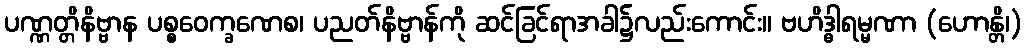
ပဏ္ဏတ္တိနိဗ္ဗာန ပစ္စဝေက္ခဏေစ၊ ပညတ်နိဗ္ဗာန်ကို ဆင်ခြင်ရာအခါ၌လည်းကောင်း။ ဗဟိဒ္ဓါရမ္မဏာ (ဟောန္တိ၊)